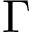
\Gamma